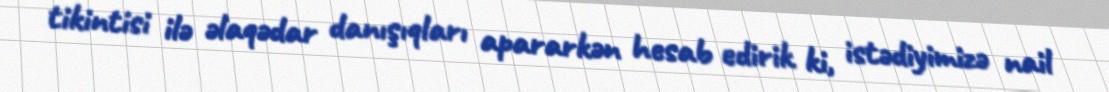
tikintisi ilə əlaqədar danışıqları apararkən hesab edirik ki, istədiyimizə nail